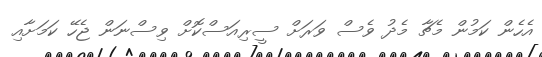
އެހެން ކަމުން މެޗާ މެދު ވެސް ވަރަށް ސީރިއަސްކޮށް ވިސްނަން ޖެހޭ ކަމަށާއި